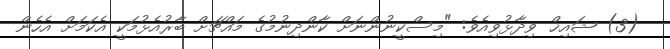
(3) ޝައިޚް ވިދާޅުވިއެވެ: "މިސްކީނުންނަށް ކާންދިނުމުގެ މައްޗަށް ބާރުއެޅުމަކީ އެކަމަށް އެހެން